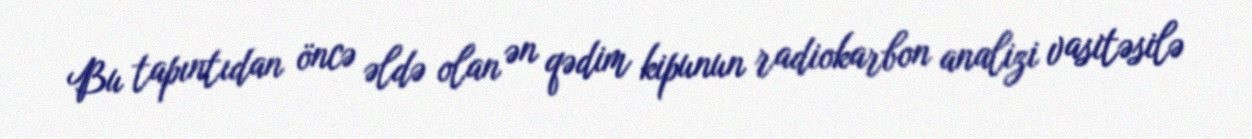
Bu tapıntıdan öncə əldə olan ən qədim kipunun radiokarbon analizi vasitəsilə